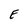
Character: E